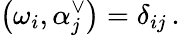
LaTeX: \left(\omega_{i},\alpha_{j}^{\vee}\right)=\delta_{ij}\, .